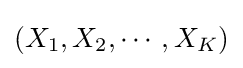
(X_{1},X_{2},\cdots ,X_{K})